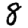
Digit: 8